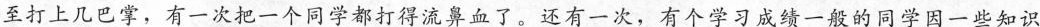
至打上几巴掌，有一次把一个同学都打得流鼻血了。还有一次，有个学习成绩一般的同学因一些知识